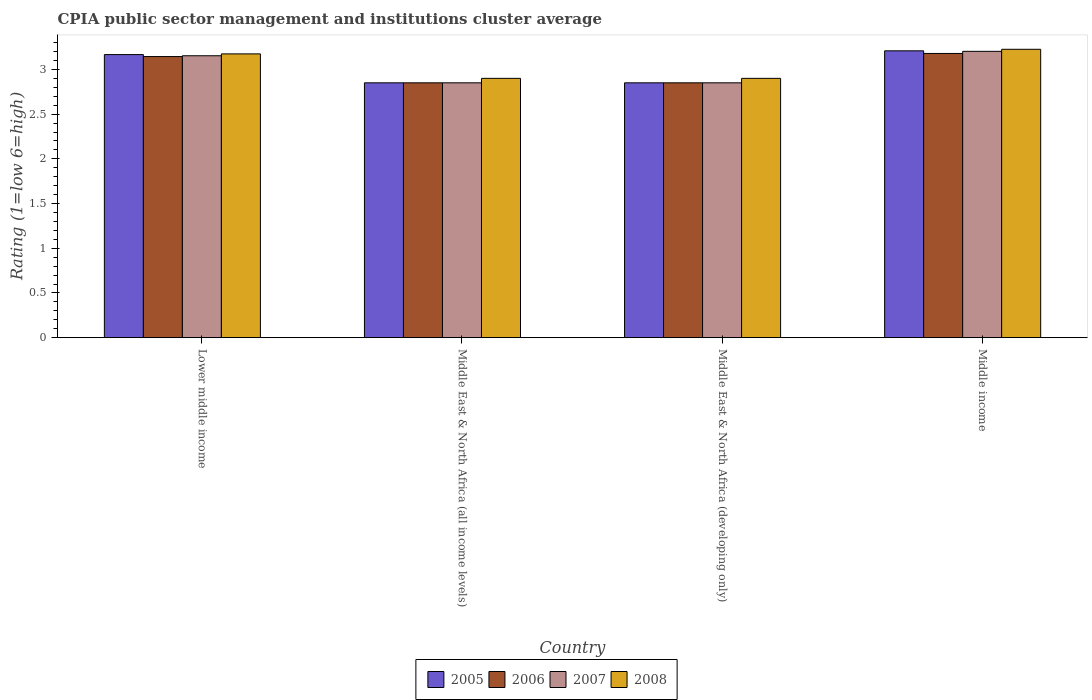
| Country | 2005 | 2006 | 2007 | 2008 |
 | --- | --- | --- | --- | --- |
 | Lower middle income | 3.17 | 3.14 | 3.15 | 3.17 |
 | Middle East & North Africa (all income levels) | 2.85 | 2.85 | 2.85 | 2.9 |
 | Middle East & North Africa (developing only) | 2.85 | 2.85 | 2.85 | 2.9 |
 | Middle income | 3.21 | 3.18 | 3.2 | 3.23 |